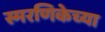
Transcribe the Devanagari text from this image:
स्मरणिकेच्या